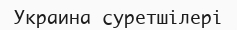
Украина суретшілері